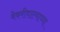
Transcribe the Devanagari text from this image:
बेकरीवाल्याच्या